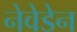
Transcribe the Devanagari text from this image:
नेवेडेन